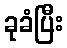
ခုခံပြီး